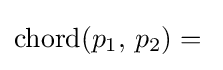
\operatorname {chord} (p_{1},\,p_{2})={}{\vphantom {\tfrac {1}{2}}}